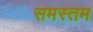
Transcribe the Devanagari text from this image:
समस्तम